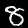
Label: 8